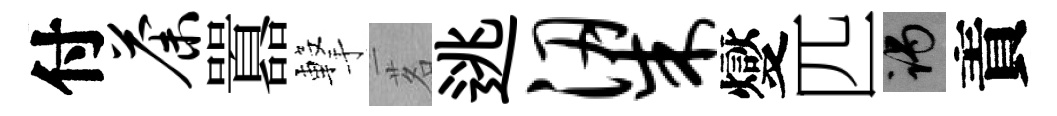
付荼囂撃茗逃梁燮匹谒責